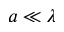
a \ll \lambda